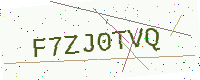
Text: F7ZJ0TVQ